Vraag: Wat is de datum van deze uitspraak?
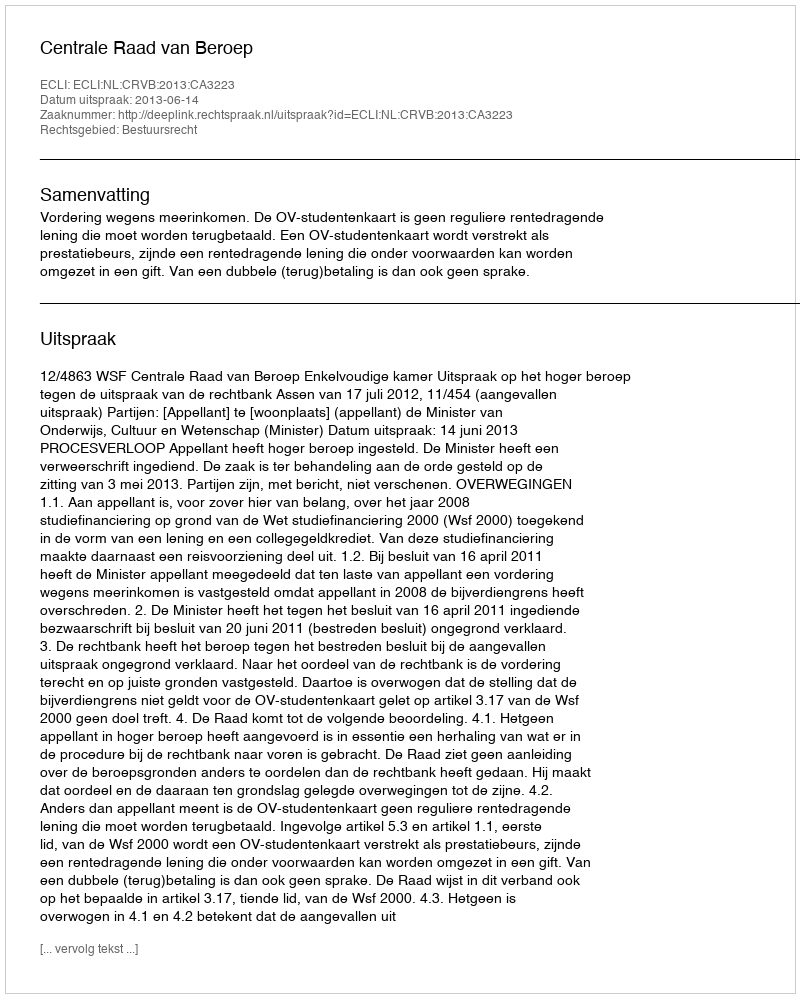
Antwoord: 2013-06-14